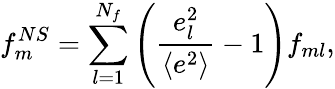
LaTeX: f_{m}^{NS}=\sum_{l=1}^{N_{f}}\left({\frac{e_{l}^{2}}{\langle e^{2}\rangle}}-1\right)f_{ml},